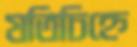
যতিচিহ্নে